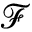
\mathcal { F }